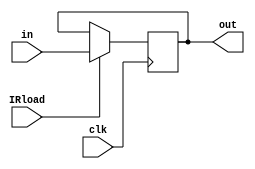
//----------------------------------------------------------------------
//--SAYEH (Simple Architecture Yet Enough Hardware) CPU
//----------------------------------------------------------------------
//Instruction Register

`timescale 1 ns /1 ns

module InstrunctionRegister (in, IRload, clk, out);
input [15:0] in;
input IRload, clk;
output [15:0] out;
reg [15:0] out;

	always @(negedge clk)
		if (IRload == 1) out = in;

endmodule